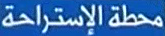
محطة الإستراحة